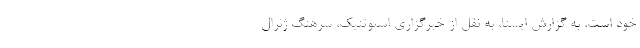
خود است. به گزارش ایسنا، به نقل از خبرگزاری اسپوتنیک، سرهنگ ژنرال